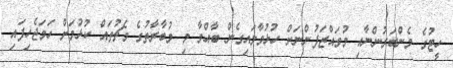
ހީޓުގެ މެންބަރުންނާއި މުވައްޒަފުންނަށް ހުޅުވާލައިގެން ބާއްވާ މި މުބާރާތުގެ މެޗުތައް ކުޅުމަށް ހަމަޖެހިފައި